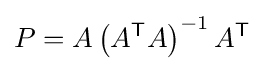
P=A\left(A^{\mathsf {T}}A\right)^{-1}A^{\mathsf {T}}